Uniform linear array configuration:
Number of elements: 64
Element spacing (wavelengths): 0.25
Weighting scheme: blackman
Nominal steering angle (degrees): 60
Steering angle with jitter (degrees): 61.758
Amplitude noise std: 0.05
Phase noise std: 0.05

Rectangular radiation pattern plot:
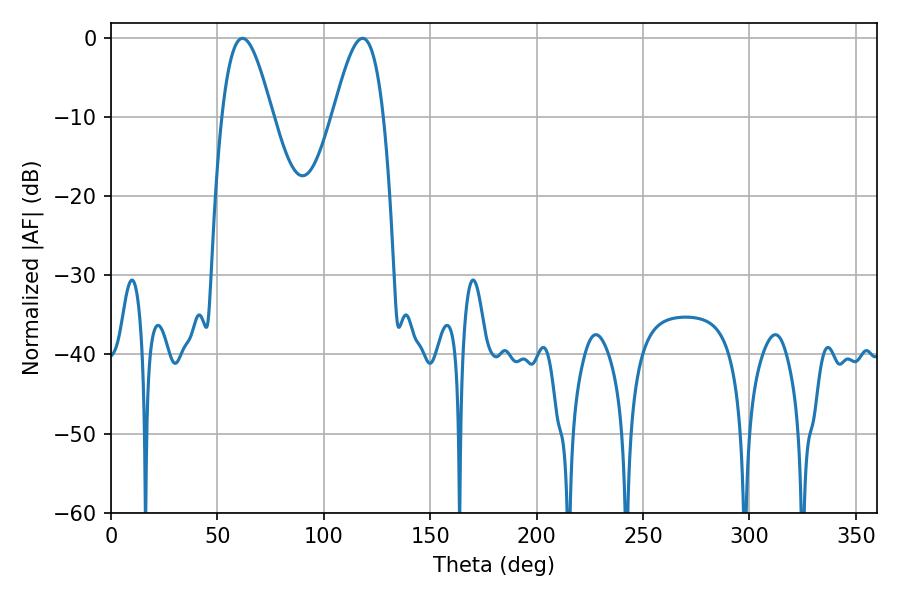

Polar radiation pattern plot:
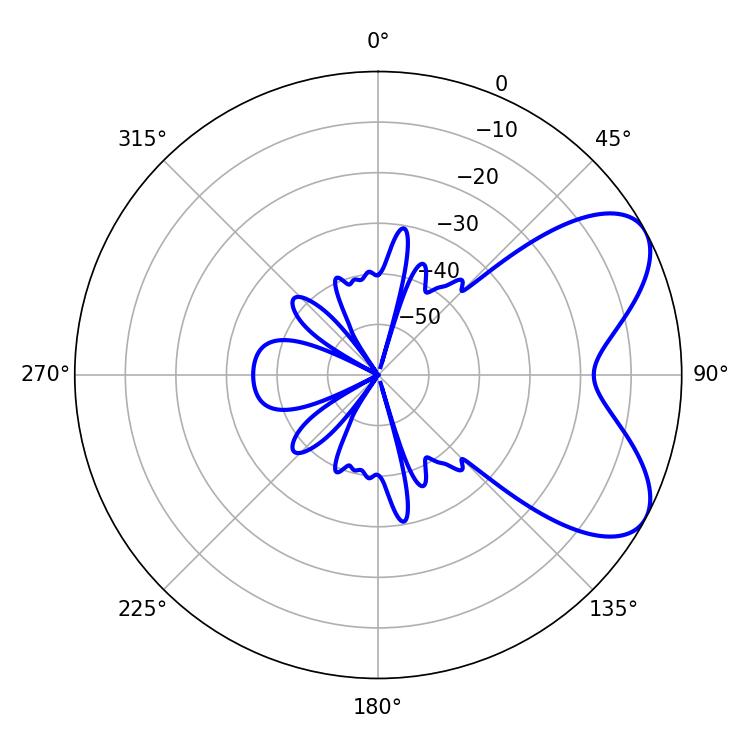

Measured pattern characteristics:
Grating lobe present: FALSE
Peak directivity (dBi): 6.554
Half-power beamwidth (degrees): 12.78
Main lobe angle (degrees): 61.74